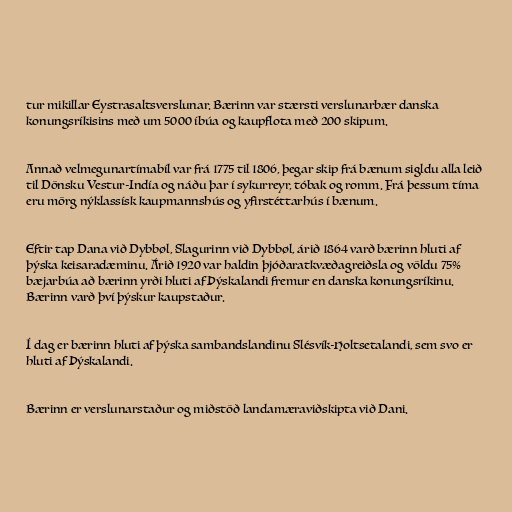
tur mikillar Eystrasaltsverslunar. Bærinn var stærsti verslunarbær danska
konungsríkisins með um 5000 íbúa og kaupflota með 200 skipum.

Annað velmegunartímabíl var frá 1775 til 1806, þegar skip frá bænum sigldu alla leið
til Dönsku Vestur-Indía og náðu þar í sykurreyr, tóbak og romm. Frá þessum tíma
eru mörg nýklassísk kaupmannshús og yfirstéttarhús í bænum.

Eftir tap Dana við Dybbøl, Slagurinn við Dybbøl, árið 1864 varð bærinn hluti af
þýska keisaradæminu. Árið 1920 var haldin þjóðaratkvæðagreiðsla og völdu 75%
bæjarbúa að bærinn yrði hluti af Þýskalandi fremur en danska konungsríkinu.
Bærinn varð því þýskur kaupstaður.

Í dag er bærinn hluti af þýska sambandslandinu Slésvík-Holtsetalandi, sem svo er
hluti af Þýskalandi.

Bærinn er verslunarstaður og miðstöð landamæraviðskipta við Dani.